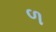
ળ